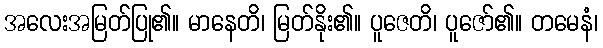
အလေးအမြတ်ပြု၏။ မာနေတိ၊ မြတ်နိုး၏။ ပူဇေတိ၊ ပူဇော်၏။ တမေနံ၊